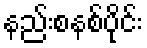
နည်းစနစ်ပိုင်း